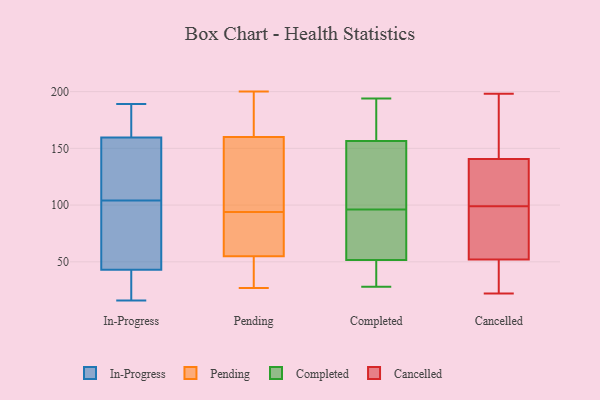
{"axis": {"x": "Page Views", "y": "Value"}, "legend": ["Cancelled", "Completed", "In-Progress", "Pending"], "data": [{"x": "", "y": 34, "type": "In-Progress"}, {"x": "", "y": 96, "type": "In-Progress"}, {"x": "", "y": 133, "type": "In-Progress"}, {"x": "", "y": 112, "type": "In-Progress"}, {"x": "", "y": 183, "type": "In-Progress"}, {"x": "", "y": 186, "type": "In-Progress"}, {"x": "", "y": 159, "type": "In-Progress"}, {"x": "", "y": 138, "type": "In-Progress"}, {"x": "", "y": 91, "type": "In-Progress"}, {"x": "", "y": 94, "type": "In-Progress"}, {"x": "", "y": 16, "type": "In-Progress"}, {"x": "", "y": 160, "type": "In-Progress"}, {"x": "", "y": 189, "type": "In-Progress"}, {"x": "", "y": 31, "type": "In-Progress"}, {"x": "", "y": 30, "type": "In-Progress"}, {"x": "", "y": 52, "type": "In-Progress"}, {"x": "", "y": 45, "type": "Pending"}, {"x": "", "y": 95, "type": "Pending"}, {"x": "", "y": 172, "type": "Pending"}, {"x": "", "y": 40, "type": "Pending"}, {"x": "", "y": 172, "type": "Pending"}, {"x": "", "y": 70, "type": "Pending"}, {"x": "", "y": 27, "type": "Pending"}, {"x": "", "y": 200, "type": "Pending"}, {"x": "", "y": 55, "type": "Pending"}, {"x": "", "y": 137, "type": "Pending"}, {"x": "", "y": 160, "type": "Pending"}, {"x": "", "y": 93, "type": "Pending"}, {"x": "", "y": 138, "type": "Pending"}, {"x": "", "y": 78, "type": "Pending"}, {"x": "", "y": 194, "type": "Completed"}, {"x": "", "y": 50, "type": "Completed"}, {"x": "", "y": 179, "type": "Completed"}, {"x": "", "y": 87, "type": "Completed"}, {"x": "", "y": 81, "type": "Completed"}, {"x": "", "y": 159, "type": "Completed"}, {"x": "", "y": 51, "type": "Completed"}, {"x": "", "y": 142, "type": "Completed"}, {"x": "", "y": 52, "type": "Completed"}, {"x": "", "y": 105, "type": "Completed"}, {"x": "", "y": 178, "type": "Completed"}, {"x": "", "y": 28, "type": "Completed"}, {"x": "", "y": 79, "type": "Completed"}, {"x": "", "y": 115, "type": "Completed"}, {"x": "", "y": 36, "type": "Completed"}, {"x": "", "y": 154, "type": "Completed"}, {"x": "", "y": 129, "type": "Cancelled"}, {"x": "", "y": 95, "type": "Cancelled"}, {"x": "", "y": 198, "type": "Cancelled"}, {"x": "", "y": 183, "type": "Cancelled"}, {"x": "", "y": 113, "type": "Cancelled"}, {"x": "", "y": 175, "type": "Cancelled"}, {"x": "", "y": 99, "type": "Cancelled"}, {"x": "", "y": 89, "type": "Cancelled"}, {"x": "", "y": 30, "type": "Cancelled"}, {"x": "", "y": 57, "type": "Cancelled"}, {"x": "", "y": 22, "type": "Cancelled"}, {"x": "", "y": 37, "type": "Cancelled"}, {"x": "", "y": 113, "type": "Cancelled"}]}